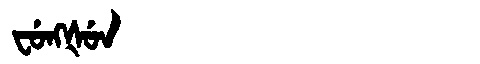
Manchu: ᠸᡠᠩᡧᡠᠨ
Romanization: FUNGŠUN